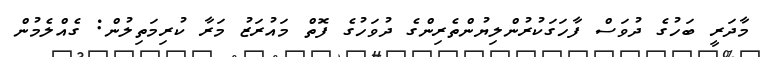
މާދަރީ ބަހުގެ ދުވަސް ފާހަގަކުރުންލިޔުންތެރިންގެ ދުވަހުގެ ފޮތް މައުރަޒު މަރާ ކުރިމަތިލުން: ގެއްލެމުން